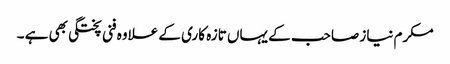
مکرم نیاز صاحب کے یہاں تازہ کاری کے علاوہ فنی پختگی بھی ہے ۔